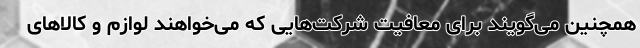
همچنین می‌گویند برای معافیت شرکت‌هایی که می‌خواهند لوازم و کالاهای